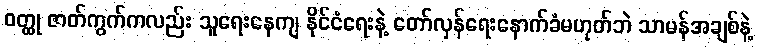
ဝတ္ထု ဇာတ်ကွက်ကလည်း သူရေးနေကျ နိုင်ငံရေးနဲ့ တော်လှန်ရေးနောက်ခံမဟုတ်ဘဲ သာမန်အချစ်နဲ့